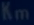
\mathbb{R}_{\mathrm{